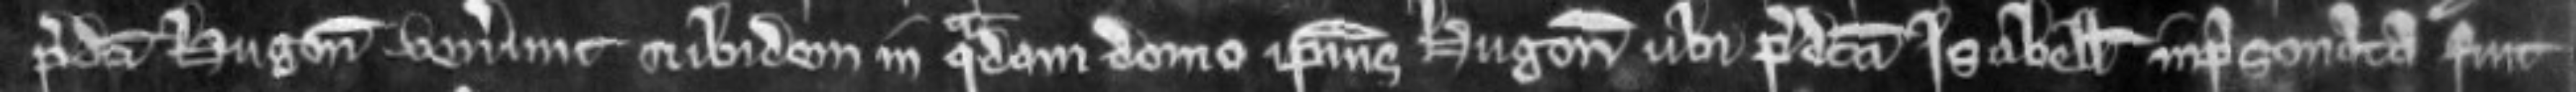
predicti Hugonis venerunt et ibidem in quadam domo ipsius Hugonis ubi predicta Isabella inprisonata fuit